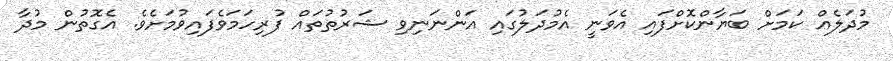
މުދަލެއް ކަމަށް ބަޔާންކޮށްފައި އެވަނީ އެމުދަލުގައި އަންނަނިވި ޝަރުތުތައް ފުރިހަމަވެފައިވުމަށެވެ. އެގޮތުން މުދާ